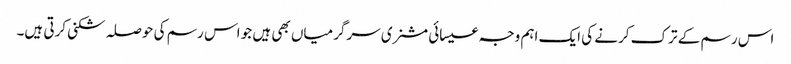
اس رسم کے ترک کرنے کی ایک اہم وجہ عیسائی مشنری سرگرمیاں بھی ہیں جو اس رسم کی حوصلہ شکنی کرتی ہیں۔